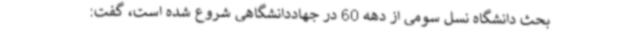
بحث دانشگاه نسل سومی از دهه 60 در جهاددانشگاهی شروع شده است، گفت: